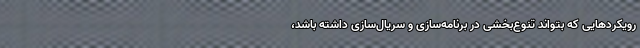
رویکردهایی که بتواند تنوع‌بخشی در برنامه‌سازی و سریال‌سازی داشته باشد،